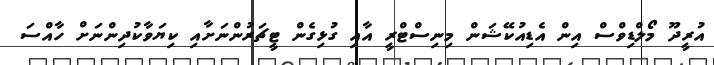
އުރީދޫ މޯލްޑިވްސް އިން އެޑިއުކޭޝަން މިނިސްޓްރީ އާއި ގުޅިގެން ޓީޗަރުންނަށާއި ކިޔަވާކުދިންނަށް ހާއްސަ